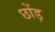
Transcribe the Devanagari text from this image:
छोंड़